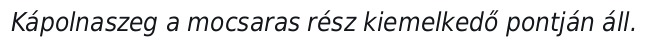
Kápolnaszeg a mocsaras rész kiemelkedő pontján áll.